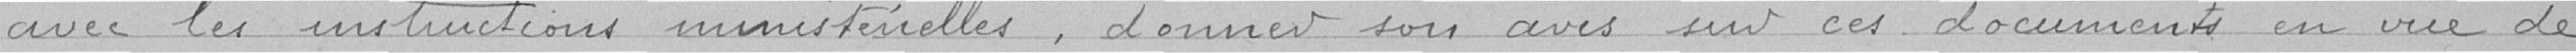
avec les instructions ministérielles, donner son avis sur ces documents en vue de